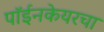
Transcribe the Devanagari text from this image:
पॉईनकेयरचा